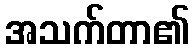
အသက်တာ၏